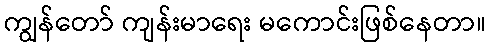
ကျွန်တော် ကျန်းမာရေး မကောင်းဖြစ်နေတာ။